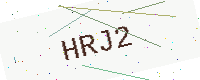
Text: HRJ2